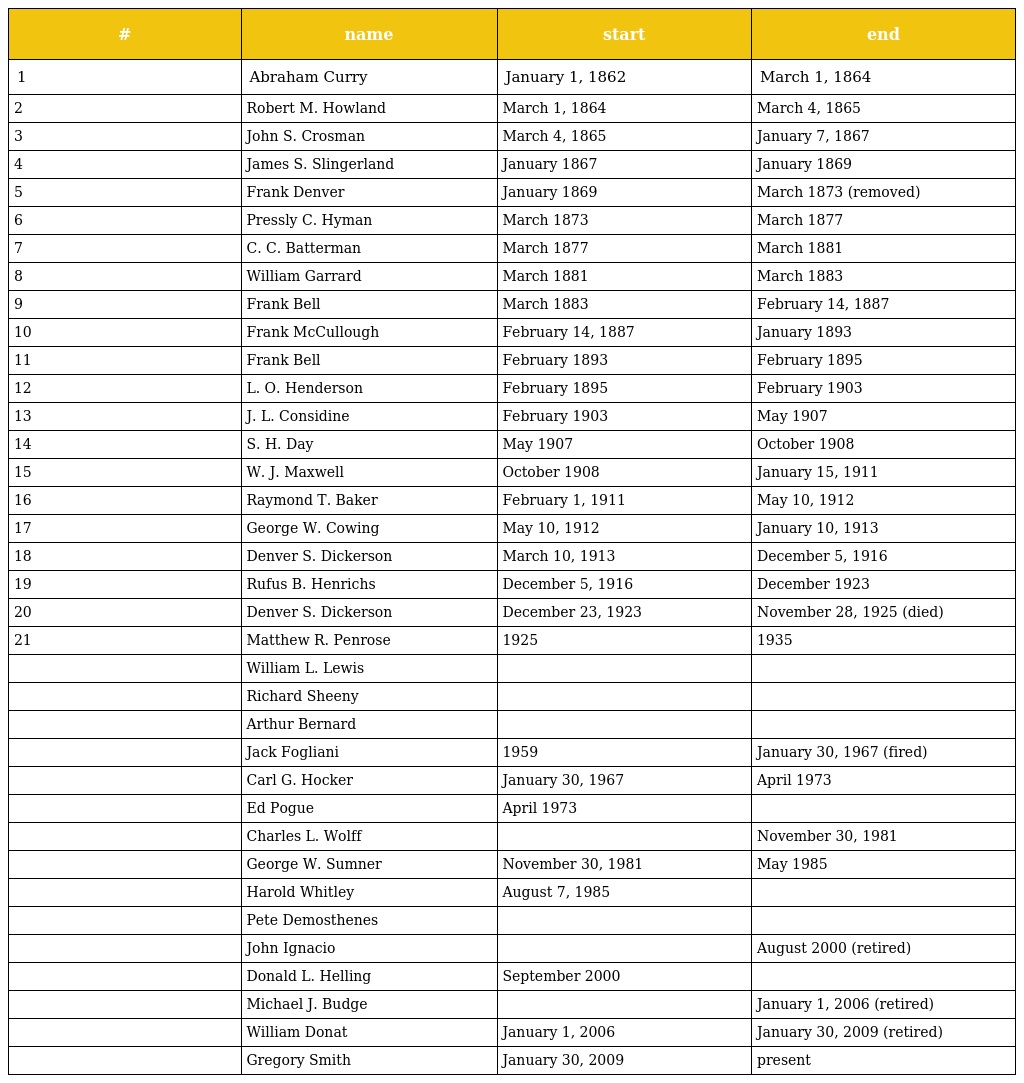
| # | name | start | end |
 | --- | --- | --- | --- |
 | 1 | Abraham Curry | January 1, 1862 | March 1, 1864 |
 | 2 | Robert M. Howland | March 1, 1864 | March 4, 1865 |
 | 3 | John S. Crosman | March 4, 1865 | January 7, 1867 |
 | 4 | James S. Slingerland | January 1867 | January 1869 |
 | 5 | Frank Denver | January 1869 | March 1873 (removed) |
 | 6 | Pressly C. Hyman | March 1873 | March 1877 |
 | 7 | C. C. Batterman | March 1877 | March 1881 |
 | 8 | William Garrard | March 1881 | March 1883 |
 | 9 | Frank Bell | March 1883 | February 14, 1887 |
 | 10 | Frank McCullough | February 14, 1887 | January 1893 |
 | 11 | Frank Bell | February 1893 | February 1895 |
 | 12 | L. O. Henderson | February 1895 | February 1903 |
 | 13 | J. L. Considine | February 1903 | May 1907 |
 | 14 | S. H. Day | May 1907 | October 1908 |
 | 15 | W. J. Maxwell | October 1908 | January 15, 1911 |
 | 16 | Raymond T. Baker | February 1, 1911 | May 10, 1912 |
 | 17 | George W. Cowing | May 10, 1912 | January 10, 1913 |
 | 18 | Denver S. Dickerson | March 10, 1913 | December 5, 1916 |
 | 19 | Rufus B. Henrichs | December 5, 1916 | December 1923 |
 | 20 | Denver S. Dickerson | December 23, 1923 | November 28, 1925 (died) |
 | 21 | Matthew R. Penrose | 1925 | 1935 |
 |  | William L. Lewis |  |  |
 |  | Richard Sheeny |  |  |
 |  | Arthur Bernard |  |  |
 |  | Jack Fogliani | 1959 | January 30, 1967 (fired) |
 |  | Carl G. Hocker | January 30, 1967 | April 1973 |
 |  | Ed Pogue | April 1973 |  |
 |  | Charles L. Wolff |  | November 30, 1981 |
 |  | George W. Sumner | November 30, 1981 | May 1985 |
 |  | Harold Whitley | August 7, 1985 |  |
 |  | Pete Demosthenes |  |  |
 |  | John Ignacio |  | August 2000 (retired) |
 |  | Donald L. Helling | September 2000 |  |
 |  | Michael J. Budge |  | January 1, 2006 (retired) |
 |  | William Donat | January 1, 2006 | January 30, 2009 (retired) |
 |  | Gregory Smith | January 30, 2009 | present |